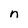
Character: n